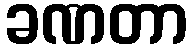
ခဏတာ